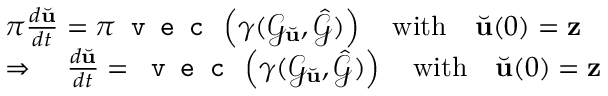
\begin{array} { r l } & { \pi \frac { d \Breve { \mathbf { u } } } { d t } = \pi \texttt { v e c } \left( \gamma ( \mathcal { G } _ { \Breve { \mathbf { u } } } , \hat { \mathcal { G } } ) \right) \quad \mathrm { w i t h } \quad \Breve { \mathbf { u } } ( 0 ) = \mathbf { z } } \\ & { \Rightarrow \quad \frac { d \Breve { \mathbf { u } } } { d t } = \texttt { v e c } \left( \gamma ( \mathcal { G } _ { \Breve { \mathbf { u } } } , \hat { \mathcal { G } } ) \right) \quad \mathrm { w i t h } \quad \Breve { \mathbf { u } } ( 0 ) = \mathbf { z } } \end{array}